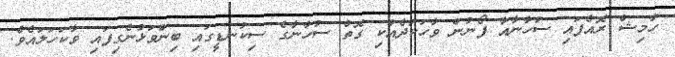
ހާމިޝް ރޮއެފައި ސުހާނާއާ ފޯނުން ވާހަކަދެއްކި ގޮތް ސުހާނާގެ ސިކުނޑީގައި ބިންވަޅުނެގިފައި ވާކަހަލައެވެ.